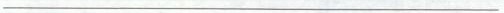
___